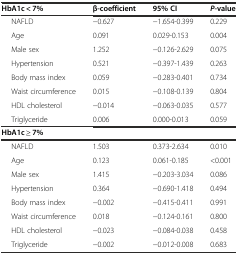
| HbA1c < 7% | β-coefficient | 95% CI | P-value |
 | --- | --- | --- | --- |
 | NAFLD | −0.627 | −1.654-0.399 | 0.229 |
 | Age | 0.091 | 0.029-0.153 | 0.004 |
 | Male sex | 1.252 | −0.126-2.629 | 0.075 |
 | Hypertension | 0.521 | −0.397-1.439 | 0.263 |
 | Body mass index | 0.059 | −0.283-0.401 | 0.734 |
 | Waist circumference | 0.015 | −0.108-0.139 | 0.804 |
 | HDL cholesterol | −0.014 | −0.063-0.035 | 0.577 |
 | Triglyceride | 0.006 | 0.000-0.013 | 0.059 |
 | HbA1c ≥ 7% |  |  |  |
 | NAFLD | 1.503 | 0.373-2.634 | 0.010 |
 | Age | 0.123 | 0.061-0.185 | <0.001 |
 | Male sex | 1.415 | −0.203-3.034 | 0.086 |
 | Hypertension | 0.364 | −0.690-1.418 | 0.494 |
 | Body mass index | −0.002 | −0.415-0.411 | 0.991 |
 | Waist circumference | 0.018 | −0.124-0.161 | 0.800 |
 | HDL cholesterol | −0.023 | −0.084-0.038 | 0.458 |
 | Triglyceride | −0.002 | −0.012-0.008 | 0.683 |